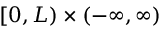
[ 0 , L ) \times ( - \infty , \infty )